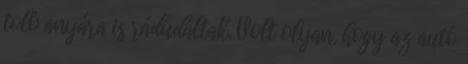
toló anyára is rádudáltak. Volt olyan, hogy az autó